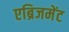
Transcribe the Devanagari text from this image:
एब्रिजमेंट